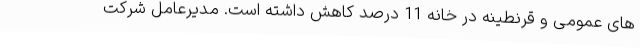
های عمومی و قرنطینه در خانه 11 درصد کاهش داشته است. مدیرعامل شرکت